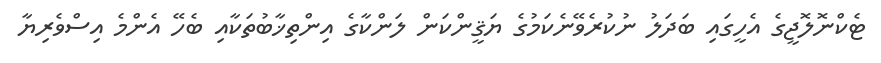
ޓެކްނޮލޮޖީގެ އެހީގައި ބަދަލު ނުކުރެވޭނެކަމުގެ ޔަޤީންކަން ލަންކާގެ އިންތިޚާބުތަކާއި ބެހޭ އެންމެ އިސްވެރިޔާ